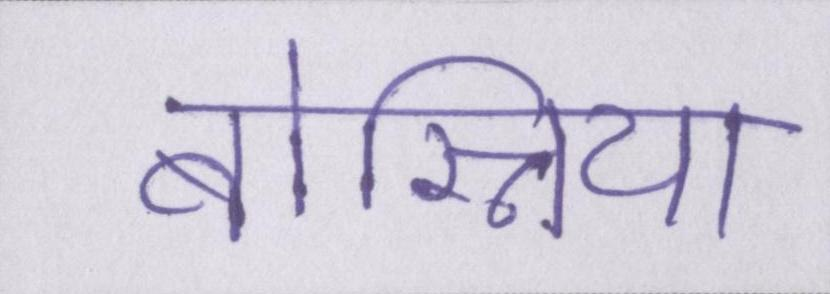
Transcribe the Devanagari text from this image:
बोस्निया